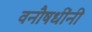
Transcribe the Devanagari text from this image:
वनौषधींनी